Medical and sanitary report on the native army of Bombay for the year
Year: 1879
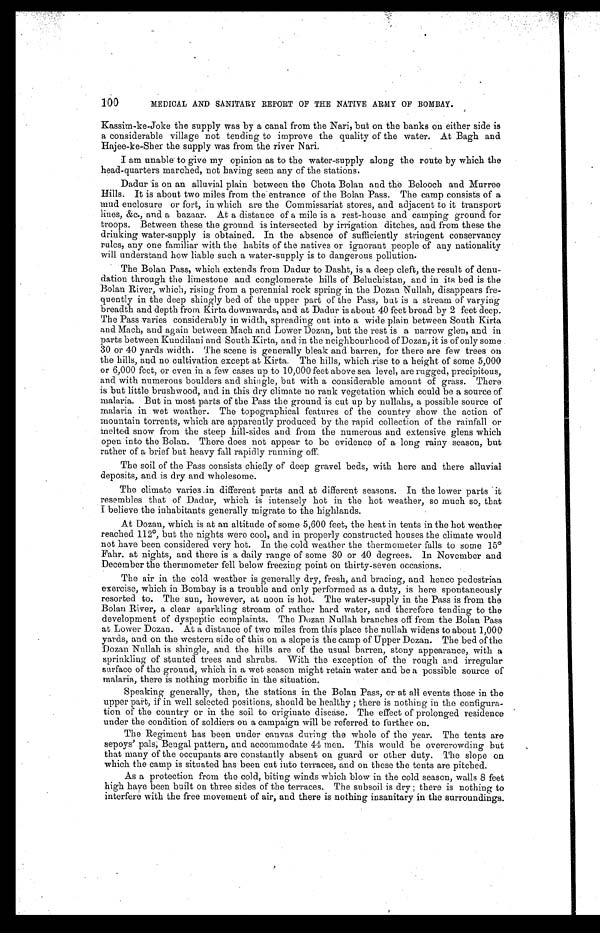
100
MEDICAL AND SANITARY REPORT OF THE NATIVE ARMY OF BOMBAY.
Kassim-ke-Joke the supply was by a canal from the Nari, but on the banks on either side is
a considerable village not tending to improve the quality of the water. At Bagh and
Hajee-ke-Sher the supply was from the river Na
r i
I am unable to give my opinion as to the water-supply along the route by which the
head-quarters marched, not having seen any of the stations.
Dadur is on an alluvial plain between the Chota Bolan and the Belooch and Murree
Hills. It is about two miles from the. entrance of the Bolan Pass. The camp consists of a
mud enclosure or fort, in which are the Commissariat stores, and adjacent to it transport
lines, &c., and a bazaar. At a distance of a mile is a rest-house and camping ground for
troops. Between these the ground is intersected by irrigation ditches, and from these the
drinking water-supply is obtained. In the absence of sufficiently stringent conservancy
rules, any one familiar with the habits of the natives or ignorant people of any nationality
will understand how liable such a water-supply is to dangerous pollution.
The Bolan Pass, which extends from Dadur to Dasht, is a deep cleft, the result of denu
- d a t i o n t h r o u g h t h e l i m e s t o n e a n d c o n g l o m e r a t e h i l l s o f B e l u c h i s t a n , a n d i n i t s b e d i s t h e
Bolan River, which, rising from a perennial rock spring in the Dozan Nullah, disappears fre
- q u e n t l y i n t h e d e e p s h i n g l y b e d o f t h e u p p e r p a r t o f t h e P a s s , b u t i s a s t r e a m o f v a r y i n g
breadth and depth from Kirta downwards, and at Dadur is about 40 feet broad by 2 feet deep.
The Pass varies considerably in width, spreading out into a wide plain between South Kirta
and Mach, and again between Mach and Lower Dozan, but the rest is a narrow glen, and in
parts between Kundilani and South Kirta, and in the neighbourhood of Dozan, it is of only some
30 or 40 yards width. The scene is generally bleak and barren, for there are few trees on
the hills, and no cultivation except at Kirta. The hills, which rise to a height of some 5,000
or 6,000 feet, or even in a few cases up to 10,000 feet above sea level, are rugged, precipitous,
and with numerous boulders and shingle, but with a considerable amount of grass. There
is but little brushwood, and in this dry climate no rank vegetation which could be a source of
malaria. But in most parts of the Pass the ground is cut up by nullahs, a possible source of
malaria in wet weather. The topographical features of the country show the action of
mountain torrents, which are apparently produced by the rapid collection of the rainfall or
incited snow from the steep hill-sides and from the numerous and extensive glens which
open into the Bolan. There does not appear to be evidence of a long rainy season, but
rather of a brief but heavy fall rapidly running off.
The soil of the Pass consists chiefly of deep gravel beds, with here and there alluvial
deposits, and is dry and wholesome.
The climate varies in diff erent parts and at different seasons. In the lower parts it
resembles that of Dadur, which is intensely hot in the hot weather, so much so, tha
t I believe the inhabitants generally migrate to the highlands.
At Dozan, which is at an altitude of some 5,600 feet, the heat in tents in the hot weather
reached 112°, but the nights were cool, and in properly constructed houses the climate would
not have been considered very hot. In the cold weather the thermometer falls to some 15°F
ahr. at nights, and there is a daily range of some 30 or 40 degrees. In November and
December the thermometer fell below freezing point on thirty-seven occasions.
The air in the cold weather is generally dry, fresh, and bracing, and hence pedestrian
exercise, which in Bombay is a trouble and only performed as a duty, is here spontaneously
resorted to. The sun, however, at noon is hot. The water-supply in the Pass is from the
Bolan River, a clear sparkling stream of rather hard water, and therefore tending to the
development of dyspeptic complaints. The Dozan Nullah branches off from the Bolan Pass
at Lower Dozan. At a distance of two miles from this place the nullah widens to about 1,000
yards, and on the western side of this on a slope is the camp of Upper Dozan. The bed of the
Dozan Nullah is shingle, and the hills are of the usual barren, stony appearance, with a
sprinkling of stunted trees and shrubs. With the exception of the rough and irregular
surface of the ground, which in a wet season might retain water and be a possible source of
malaria, there is nothing morbific in the situation.
Speaking generally, then, the stations in the Bolan Pass, or at all events those in the
upper part, if in well selected positions, should be healthy; there is nothing in the configura
- t i o n o f t h e c o u n t r y o r i n t h e s o i l t o o r i g i n a t e d i s e a s e . T h e e f f e c t o f p r o l o n g e d r e s i d e n c e
under the condition of soldiers on a campaign will be referred to further on.
The Regiment has been under canvas during the whole of the year. The tents are
sepoys' pals; Bengal pattern, and accommodate 44 men. This would be overcrowding but
that many of the occupants are constantly absent on guard or other duty. The slope on
which the camp is situated has been cut into terraces, and on these the tents are pitched.
As a protection from the cold, biting winds which blow in the cold season, walls 8 feet
high have been built on three sides of the terraces. The subsoil is dry; there is nothing to
interfere with the free movement of air, and there is nothing insanitary in the surroundings.